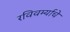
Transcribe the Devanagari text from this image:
रविवर्म्याचे